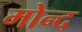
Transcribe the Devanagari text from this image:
मोन्‍द